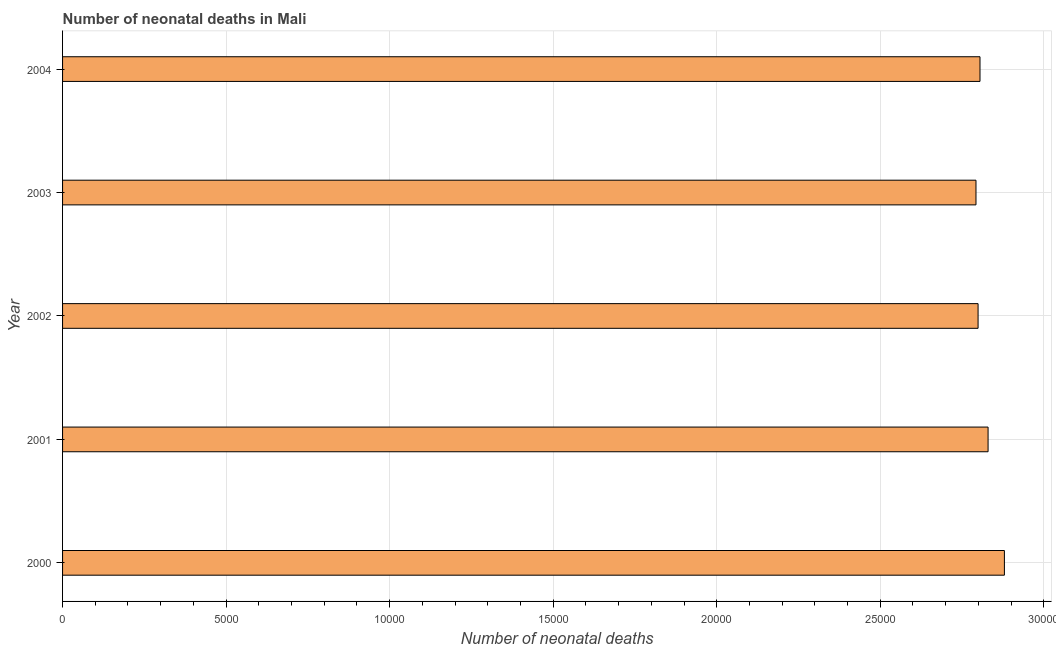
| Year | Neonatal deaths |
 | --- | --- |
 | 2000 | 2.88e+04 |
 | 2001 | 2.83e+04 |
 | 2002 | 2.8e+04 |
 | 2003 | 2.79e+04 |
 | 2004 | 2.80e+04 |